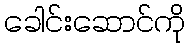
ခေါင်းဆောင်ကို